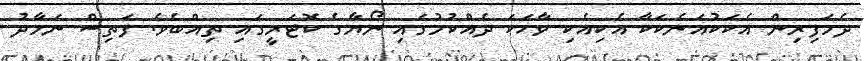
ދެމަފިރިން އެކަކުއަނެކަކާ އެކިއެކި ވާހަކަ ދެއްކުމުގައި ނޯޔާގެ ކޮޓަރީގައި ތިއްބެވެ. ފަތިސް ނަމާދު